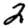
Digit: 2